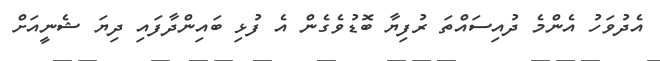
އެދުވަހު އެންމެ ދުއިސައްތަ ރުފިޔާ ބޮޑުވެގެން އެ ފުޅި ބައިންދާފައި ދިޔަ ޝެނީއަށް